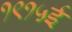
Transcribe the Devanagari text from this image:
१९१५ई